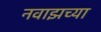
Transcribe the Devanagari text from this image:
नवाझच्या